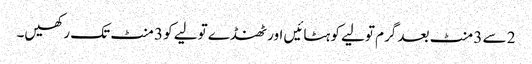
2 سے 3 منٹ بعد گرم تولیے کو ہٹائیں اور ٹھنڈے تولیے کو 3 منٹ تک رکھیں۔